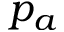
p _ { a }